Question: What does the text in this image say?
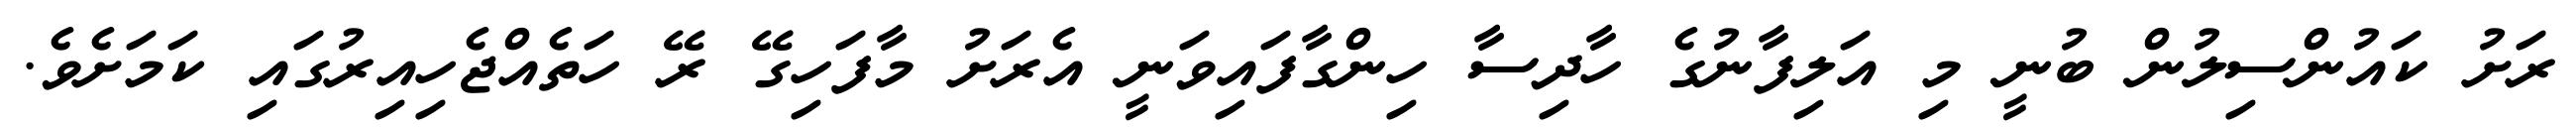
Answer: ރަށު ކައުންސިލުން ބުނީ މި އަލިފާނުގެ ހާދިސާ ހިންގާފައިވަނީ އެރަށު މާފަހިގޭ ރޭ ހަތެއްޖެހިއިރުގައި ކަމަށެވެ.